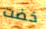
خضت